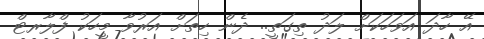
އޭ ހާދަ އަވަހަކަށް ލަދު ތިގަތީ.. ދެން ހިތަށް އަރުވާ މީހަކު ފްލާރޓް